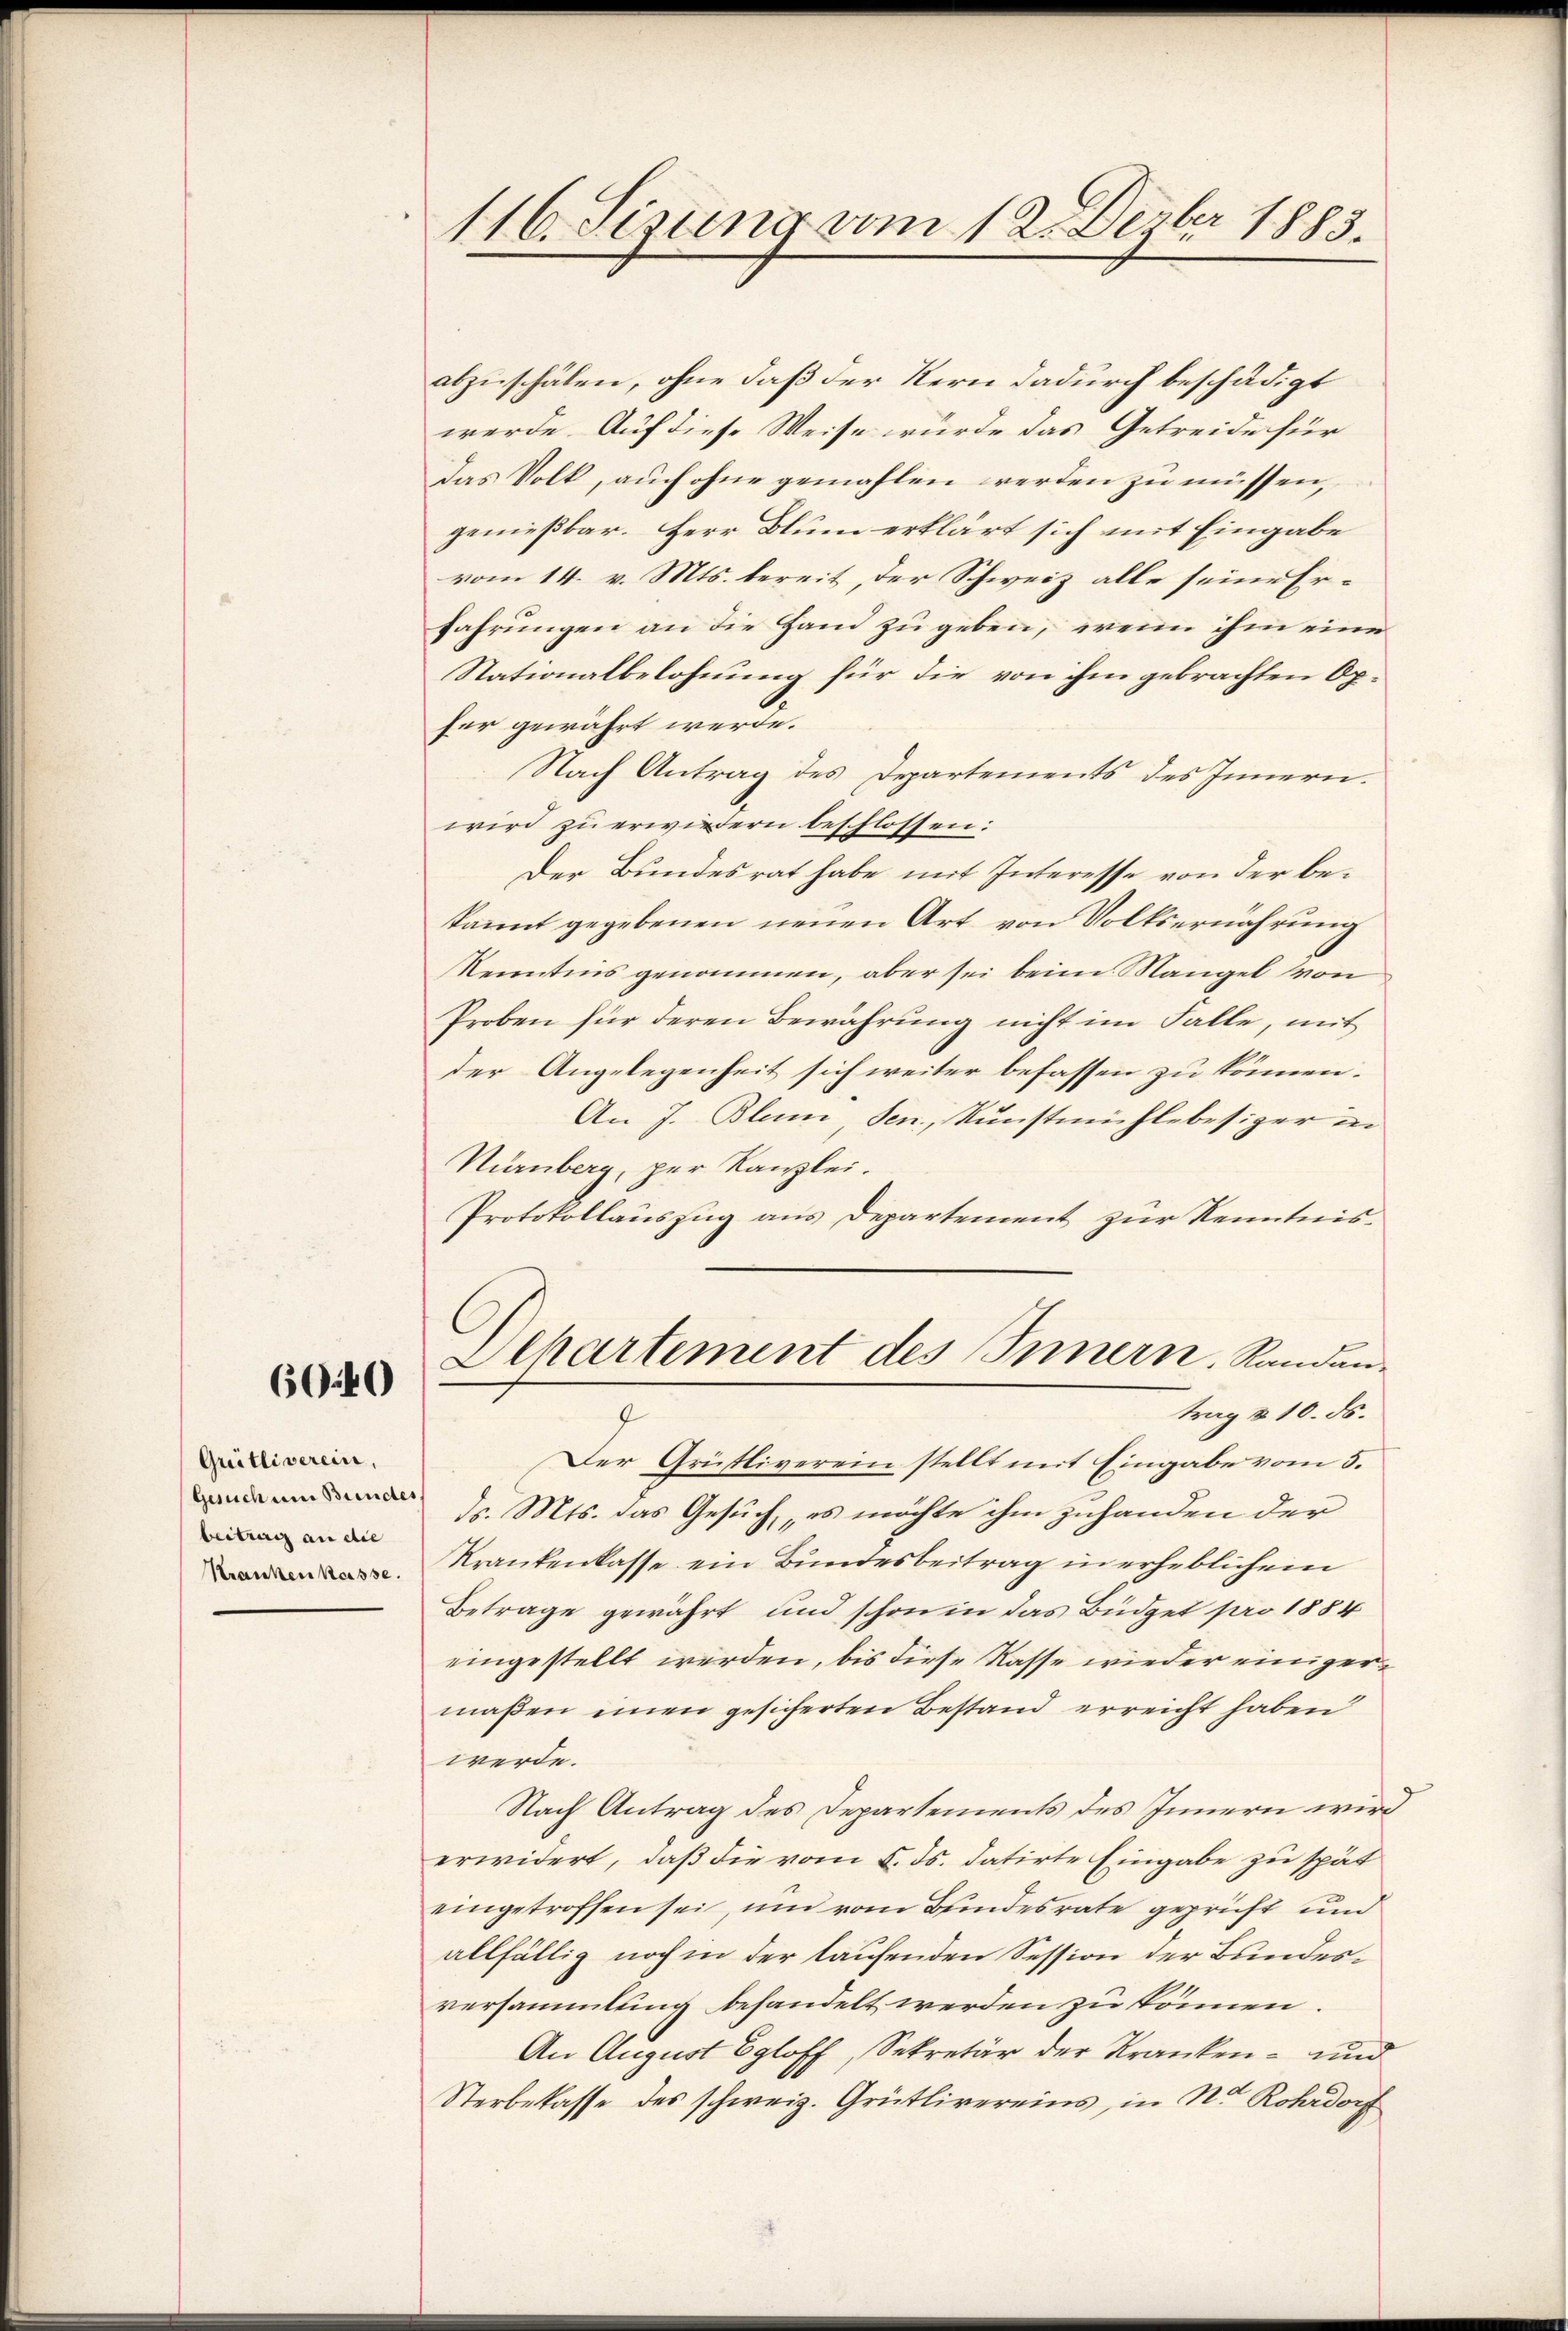
abzuschälen, ohne daß der Kern dadurch beschädigt
werde. Auf diese Weise würde das Getreide für
das Volk, auch ohne gemahlen werden zu müssen,
genießbar. Herr Blum erklärt sich mit Eingabe
vom 14. v. Mts. bereit, der Schweiz alle seine Erfahrungen an die Hand zu geben, wenn ihm eine
Nationalbelohnung für die von ihm gebrachten Op.
fer gewährt werde.
Nach Antrag des Departements des Innern.
wird zu erwiedern beschlossen:
Der Bundesrat habe mit Interesse von der bekannt gegebenen neuen Art von Volksernährung
Kenntens genommen, aber sei beim Mangel von
Proben für deren Bewährung nicht im Falle, mit
der Angelegenheit sich weiter befassen zu können.
An J. Blum, Sen., Kunstmühlebesizer in
Nürnberg, per Kanzlei.
Protokollauszug aus Departement zur Kenntnis¬

6040

Grütliverein,
Gesuch um Bundes
beitrag an die
Krankenkasse.

116. Sizung vom 12. Dezbr 1883.

Departement des Innern, Randantrag & 10. ds.
7

Der Grütliverein stellt mit Eingabe vom 5.
ds. Mts. das Gesuches möchte ihm zuhanden der
Krankenkasse ein Bundesbeitrag in erheblichem
Betrage gewährt und schon in das Büdget pro 1884
eingestellt werden, bis diese Kasse wieder einigermaßen einen gesicherten Bestand erreicht haben
werde.
Nach Antrag des Departements des Innern wird
erwidert, daß die vom 5. ds. datirte Eingabe zu spät
eingetroffen sei, und vom Bundesrate geprüft und
allfällig noch in der laufenden Session der Bundesversammlung behandelt werden zu können.
An August Egloff, Sekretär der Kranken- und
Sterbelasse des schweiz. Grütlivereins, in Nr Rohrdorf